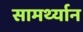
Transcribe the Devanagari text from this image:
सामर्थ्‍यान